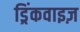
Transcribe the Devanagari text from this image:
ड्रिंकवाइज़